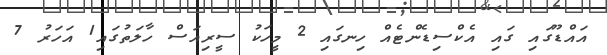
އައްޑޫގައި ގައި އެކްސިޑެންޓެއް ހިނގައި 2 މީހަކު ސީރިއަސް ހާލަތުގައި1 އަހަރު 7